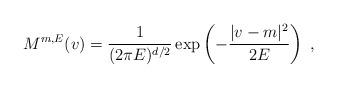
LaTeX: \begin{align*}M^{m,E}(v)=\frac{1}{(2\pi E)^{d/2}}\exp\left(-\frac{|v-m|^2}{2E}\right)\;,\end{align*}